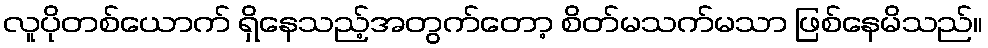
လူပိုတစ်ယောက် ရှိနေသည့်အတွက်တော့ စိတ်မသက်မသာ ဖြစ်နေမိသည်။